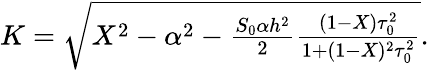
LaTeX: \begin{array}{r}{K=\sqrt{X^{2}-\alpha^{2}-\frac{S_{0}\alpha h^{2}}{2}\frac{(1-X)\tau_{0}^{2}}{1+(1-X)^{2}\tau_{0}^{2}}}.}\end{array}